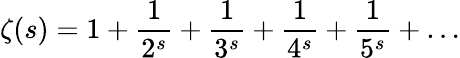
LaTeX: \zeta(s)=1+{\frac{1}{2^{s}}}+{\frac{1}{3^{s}}}+{\frac{1}{4^{s}}}+{\frac{1}{5^{s}}}+\ldots